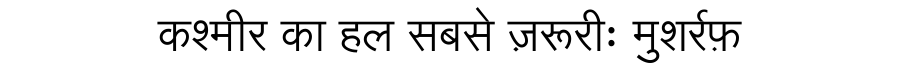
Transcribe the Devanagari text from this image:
कश्मीर का हल सबसे ज़रूरीः मुशर्रफ़